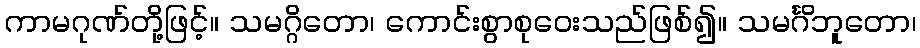
ကာမဂုဏ်တို့ဖြင့်။ သမဂ္ဂိတော၊ ကောင်းစွာစုဝေးသည်ဖြစ်၍။ သမင်္ဂိဘူတော၊